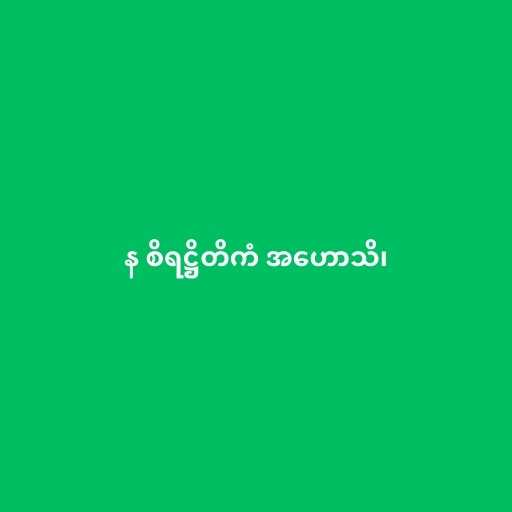
န စိရဋ္ဌိတိကံ အဟောသိ၊